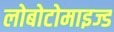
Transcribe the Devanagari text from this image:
लोबोटोमाइज्ड